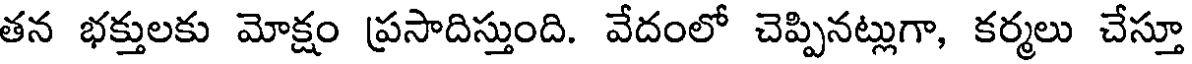
తన భక్తులకు మోక్షం ప్రసాదిస్తుంది. వేదంలో చెప్పినట్లుగా, కర్మలు చేస్తూ